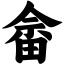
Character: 畲